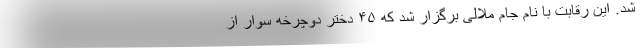
شد. این رقابت با نام جام ملالی برگزار شد که ۴۵ دختر دوچرخه سوار از